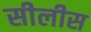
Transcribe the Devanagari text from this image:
सीलीस